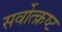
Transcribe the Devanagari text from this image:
सर्वोत्‍क्रष्‍ट